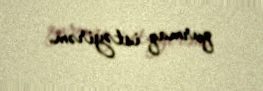
qurmaq istəyirəm.